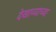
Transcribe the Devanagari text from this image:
देखाव्याच्या